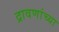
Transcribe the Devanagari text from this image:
द्रावणांच्या